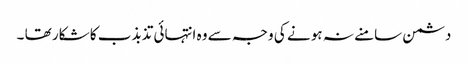
دشمن سامنے نہ ہو نے کی وجہ سے وہ انتہائی تذبذب کا شکار تھا ۔